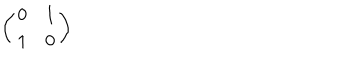
\left( \begin{array} { c c } { { 0 } } & { { 1 } } \\ { { 1 } } & { { 0 } } \\ \end{array} \right)